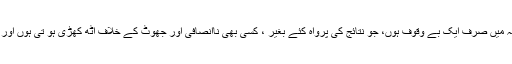
اس لئے لوگ جب مجھے بہادر کہتے ہیں تو میں دل ہی دل میں خود کو یقین دلاتی ہوں کہ میں صرف ایک بے وقوف ہوں، جو نتائج کی پرواہ کئے بغیر ، کسی بھی ناانصافی اور جھوٹ کے خلاف اٹھ کھڑی ہو تی ہوں اور بعد میں معصوم بنی سوچتی ہوں کہ یہ اتنے سارے لوگ میرے خلاف کیوں ہوگئے ہیں ۔